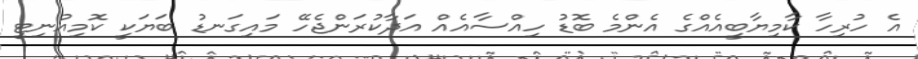
އެ ހުރިހާ ކާމިޔާބީއެއްގެ އެންމެ ބޮޑު ހިއްސާއެއް އަދާކުރަންޖެހޭ މައިގަނޑު ބަޔަކީ ކޮމިއުނިޓީ